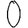
Digit: 0